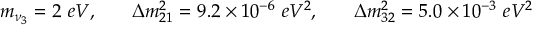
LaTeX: \begin{array} { c c c } { { m _ { \nu _ { 3 } } = 2 \ e V , \quad } } & { { \Delta m _ { 2 1 } ^ { 2 } = 9 . 2 \times 1 0 ^ { - 6 \ } e V ^ { 2 } , \quad } } & { { \Delta m _ { 3 2 } ^ { 2 } = 5 . 0 \times 1 0 ^ { - 3 } \ e V ^ { 2 } } } \end{array}